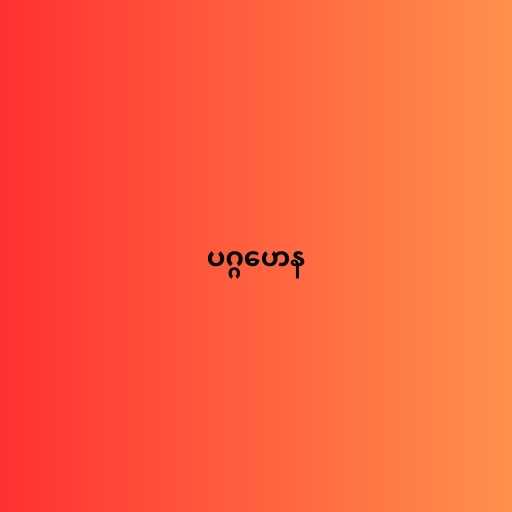
ပဂ္ဂဟေန